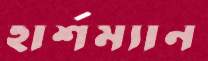
হার্শম্যান